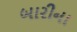
બારીના